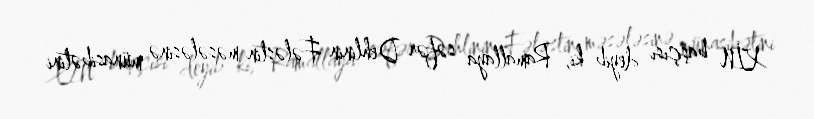
XİN başçısı deyib ki, Ramallaya səfər Dehlinin Fələstin məsələsinə münasibətini